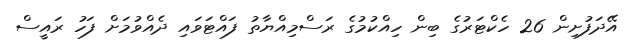
އޭދަފުށިން 26 ހެކްޓަރުގެ ބިން ހިއްކުމުގެ ރަސްމިއްޔާތު ފައްޓަވައި ދެއްވުމަށް ފަހު ރައީސް